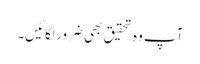
آپ وہ تحقیق بھی ضرور لگائیں۔